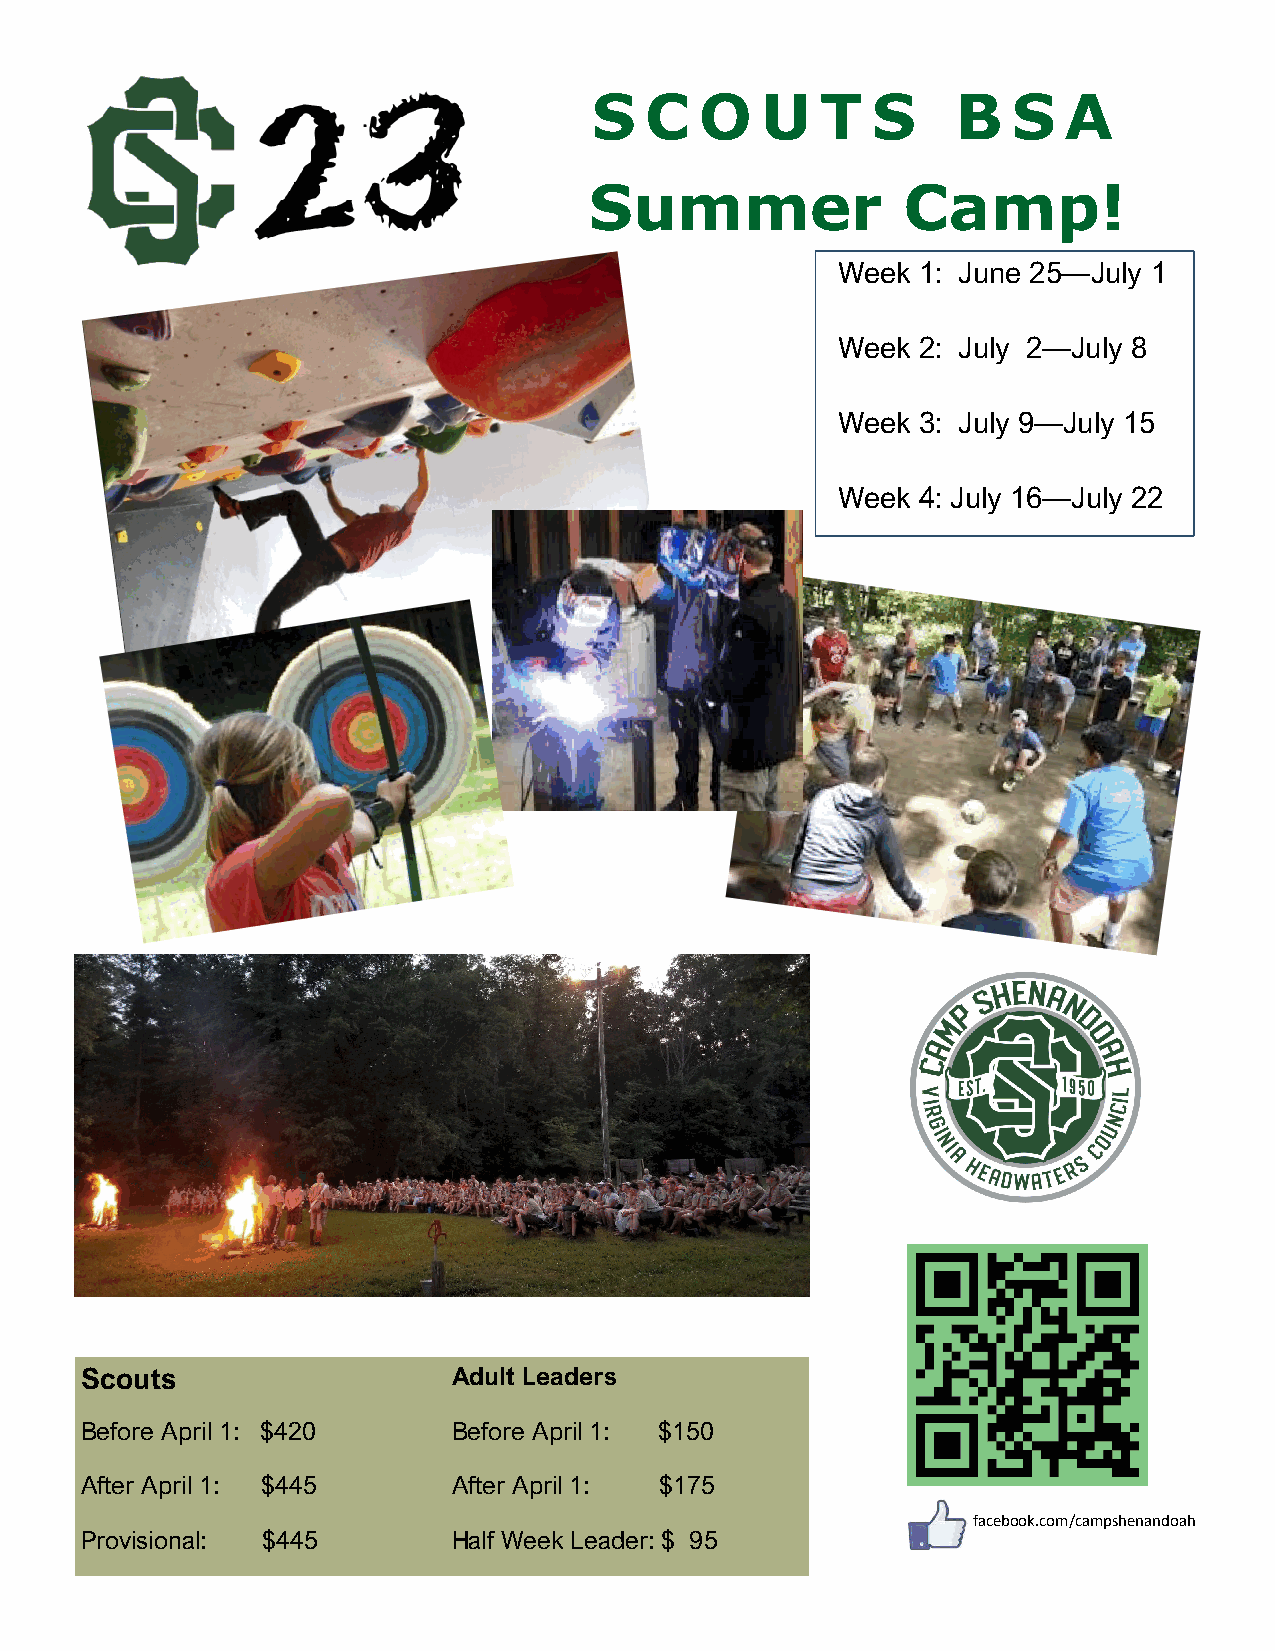
S   C  O   U   T   S    B   S  A
 Summer               Camp!
 Week 1: June 25—July 1
 Week 2: July 2—July 8
 Week 3: July 9—July 15
 Week 4: July 16—July 22
 Scouts                   Adult Leaders
 Before April 1: $420     Before April 1: $150
 After April 1: $445      After April 1: $175
 facebook.com/campshenandoah
 Provisional: $445        Half Week Leader: $ 95